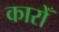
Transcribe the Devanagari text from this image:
कारोँ